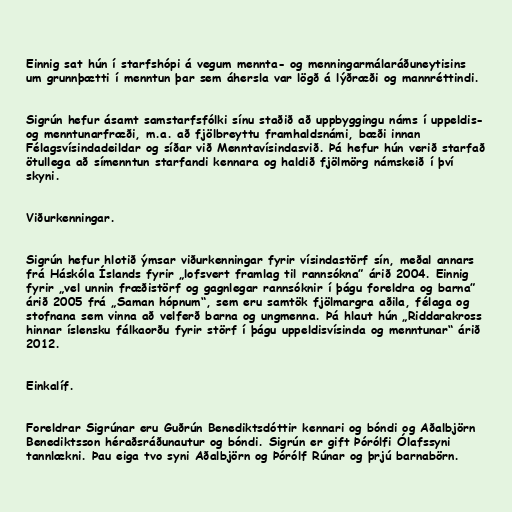
Einnig sat hún í starfshópi á vegum mennta- og menningarmálaráðuneytisins
um grunnþætti í menntun þar sem áhersla var lögð á lýðræði og mannréttindi.

Sigrún hefur ásamt samstarfsfólki sínu staðið að uppbyggingu náms í uppeldis-
og menntunarfræði, m.a. að fjölbreyttu framhaldsnámi, bæði innan
Félagsvísindadeildar og síðar við Menntavísindasvið. Þá hefur hún verið starfað
ötullega að símenntun starfandi kennara og haldið fjölmörg námskeið í því
skyni.

Viðurkenningar.

Sigrún hefur hlotið ýmsar viðurkenningar fyrir vísindastörf sín, meðal annars
frá Háskóla Íslands fyrir „lofsvert framlag til rannsókna” árið 2004. Einnig
fyrir „vel unnin fræðistörf og gagnlegar rannsóknir í þágu foreldra og barna”
árið 2005 frá „Saman hópnum“, sem eru samtök fjölmargra aðila, félaga og
stofnana sem vinna að velferð barna og ungmenna. Þá hlaut hún „Riddarakross
hinnar íslensku fálkaorðu fyrir störf í þágu uppeldisvísinda og menntunar“ árið
2012.

Einkalíf.

Foreldrar Sigrúnar eru Guðrún Benediktsdóttir kennari og bóndi og Aðalbjörn
Benediktsson héraðsráðunautur og bóndi. Sigrún er gift Þórólfi Ólafssyni
tannlækni. Þau eiga tvo syni Aðalbjörn og Þórólf Rúnar og þrjú barnabörn.